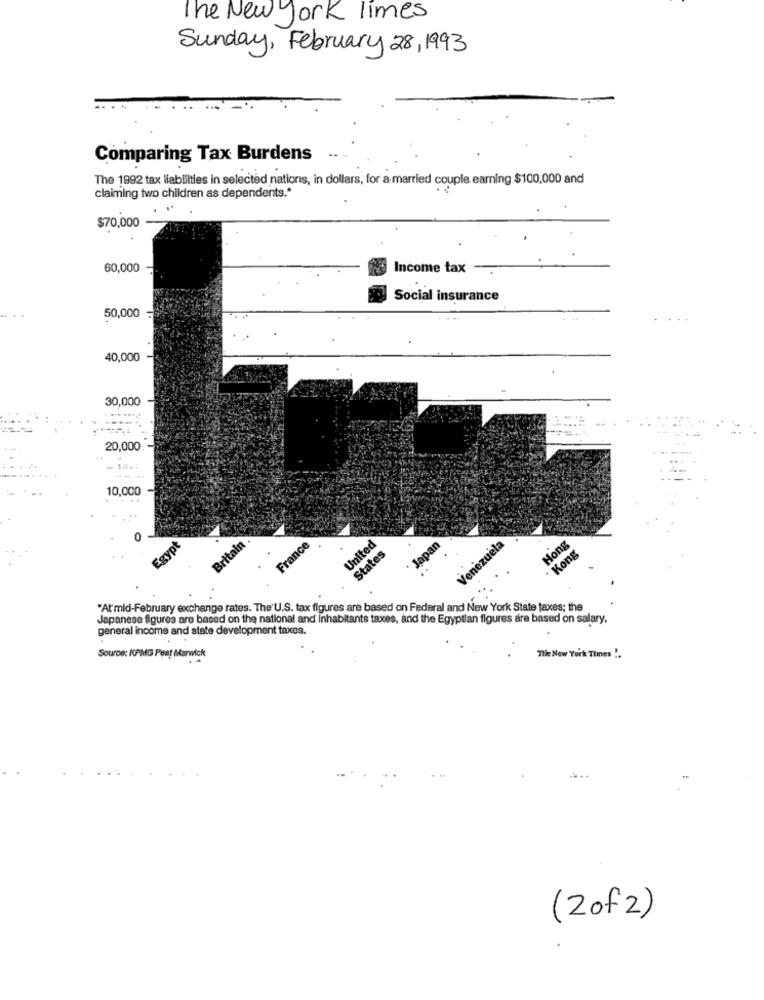
The New York Times
Sunday, February 28, 1993
Comparing Tax Burdens
The 1992 tax liabilities in selected nations, in dollars, for a married couple earning $100,000 and
claiming two children as dependents."
$70,000
60,000
Income tax
Social insurance
50,000
40,000
30,000
; *
20,000
10,000
0
Egypt
Britain .
France
United
Japan
Venezuela
Hong
States
Kong
"At'mid-February exchange rates. The'U.S. tax figures are based on Federal and New York State taxes; the
Japanese figures are based on the national and inhabitants taxes, and the Egyptian figures are based on salary,
general income and state development taxes.
The New York Times ".
Source: KPMG Peat Marwick
(2of2)